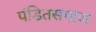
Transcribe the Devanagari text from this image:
पंडितसमाज